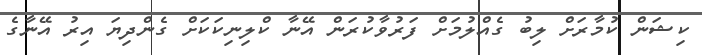
ކިޝަން ކުމާރަށް ލިބު ގެއްލުމަށް ފަރުވާކުރަން އޭނާ ކްލިނިކަކަށް ގެންދިޔަ އިރު އޭނާގެ